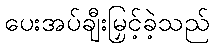
ပေးအပ်ချီးမြှင့်ခဲ့သည်